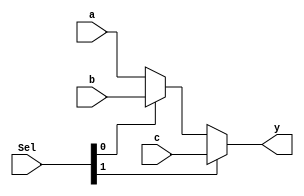
`timescale 1ns / 1ps

module mux_32bit_3(Sel, a, b, c, y);

input [1:0] Sel;
input [31:0] a, b, c;
output [31:0] y;
	
assign y = (Sel[1] ? c : (Sel[0] ? b : a) );


endmodule